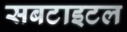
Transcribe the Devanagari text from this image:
सबटाइटल